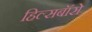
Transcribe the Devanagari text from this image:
हिल्सबॉरो